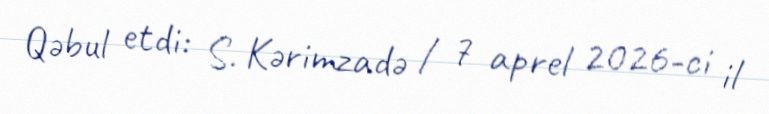
Qəbul etdi: S. Kərimzadə / 7 aprel 2026-ci il